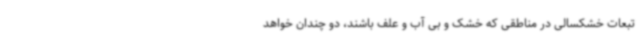
تبعات خشکسالی در مناطقی که خشک و بی آب و علف باشند، دو چندان خواهد